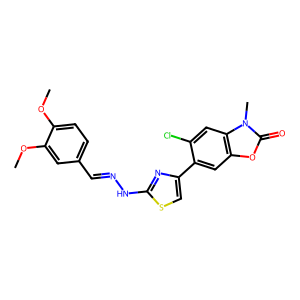
SMILES: COc1ccc(C=NNc2nc(-c3cc4oc(=O)n(C)c4cc3Cl)cs2)cc1OC
Inhibits HIV replication: No